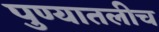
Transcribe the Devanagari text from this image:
पुण्यातलीच